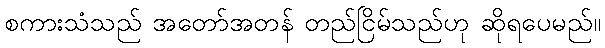
စကားသံသည် အတော်အတန် တည်ငြိမ်သည်ဟု ဆိုရပေမည်။